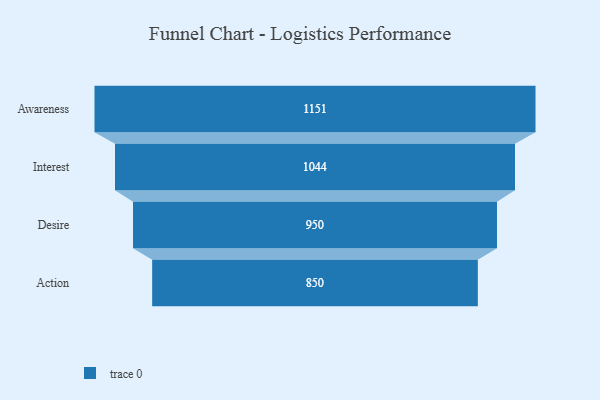
{"axis": {"x": "Stage", "y": "Value"}, "legend": [""], "data": [{"x": "Awareness", "y": 1151.0, "type": ""}, {"x": "Interest", "y": 1044.0, "type": ""}, {"x": "Desire", "y": 950.0, "type": ""}, {"x": "Action", "y": 850.0, "type": ""}]}